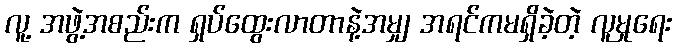
လူ့ အဖွဲ့အစည်းက ရှပ်ထွေးလာတာနဲ့အမျှ အရင်ကမရှိခဲ့တဲ့ လူမှုရေး